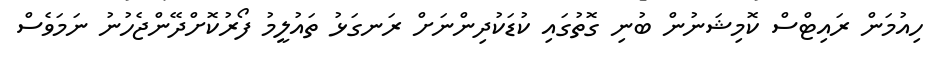
ހިއުމަން ރައިޓްސް ކޮމިޝަނުން ބުނި ގޮތުގައި ކުޑަކުދިންނަށް ރަނގަޅު ތައުލީމު ފޯރުކޮށްދޭންޖެހުނު ނަމަވެސް